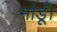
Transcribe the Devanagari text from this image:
मोडूँ।